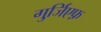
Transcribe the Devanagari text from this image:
गुर्जि़एफ़